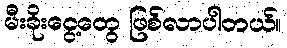
မီးခိုးငွေ့တွေ ဖြစ်လာပါတယ်။